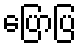
ပြောပြ